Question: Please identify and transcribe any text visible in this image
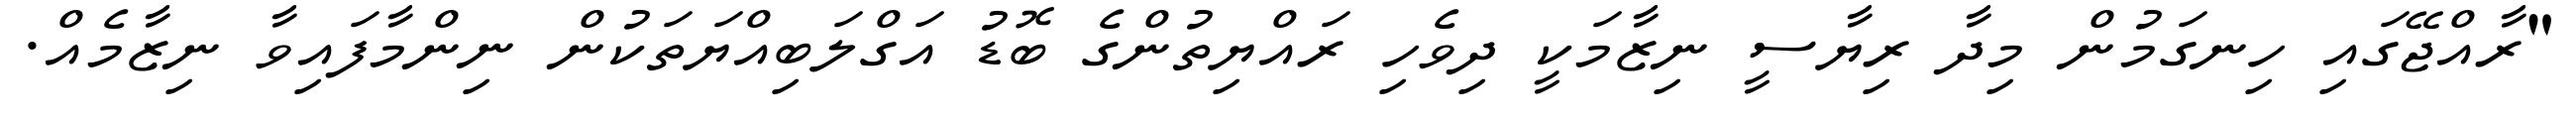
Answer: "ރާއްޖޭގައި ހިނގަމުން މިދާ ރިޔާސީ ނިޒާމަކީ ދިވެހި ރައްޔިތުންގެ ބޮޑު އަގްލަބިއްޔަތަކުން ނިންމާފައިވާ ނިޒާމެއް.